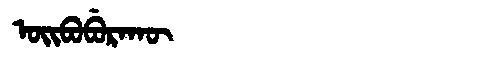
Manchu: ᠣᡳᠪᠣᠪᡠᡵᠠᡴᡡ
Romanization: OIBOBURAKŪ